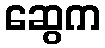
ဆွေက